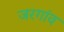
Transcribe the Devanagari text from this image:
जरगांव